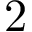
2